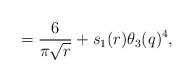
LaTeX: \begin{align*}=\frac{6}{\pi\sqrt{r}}+s_1(r)\theta_3(q)^4,\end{align*}